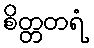
စိတ္တတရံ